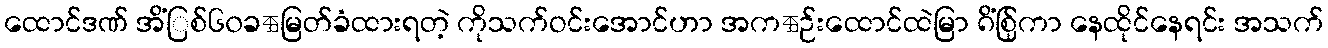
ထောင်ဒဏ် အိံြစ်၆၀ခဵမြတ်ခံထားရတဲ့ ကိုသက်ဝင်းအောင်ဟာ အကဵဉ်းထောင်ထဲမြာ ၈ိံြစ်ုကာ နေထိုင်နေရင်း အသက်